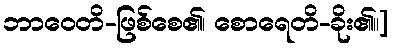
ဘာဝေတိ-ဖြစ်စေ၏၊ စောရေတိ-ခိုး၏။]